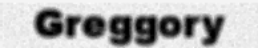
Greggory